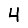
Digit: 4